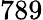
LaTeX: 789